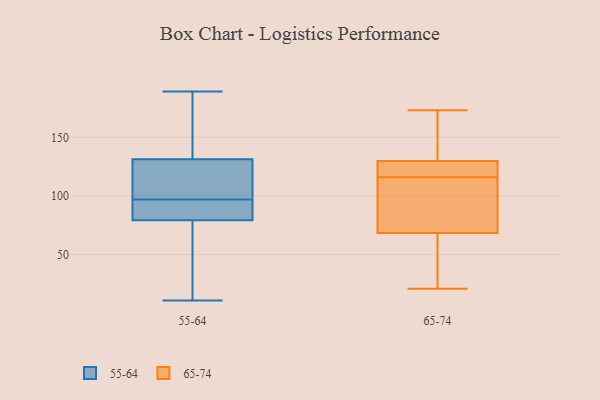
{"axis": {"x": "Net Income (USD K)", "y": "Value"}, "legend": ["55-64", "65-74"], "data": [{"x": "", "y": 189, "type": "55-64"}, {"x": "", "y": 90, "type": "55-64"}, {"x": "", "y": 140, "type": "55-64"}, {"x": "", "y": 136, "type": "55-64"}, {"x": "", "y": 115, "type": "55-64"}, {"x": "", "y": 11, "type": "55-64"}, {"x": "", "y": 162, "type": "55-64"}, {"x": "", "y": 57, "type": "55-64"}, {"x": "", "y": 117, "type": "55-64"}, {"x": "", "y": 142, "type": "55-64"}, {"x": "", "y": 92, "type": "55-64"}, {"x": "", "y": 44, "type": "55-64"}, {"x": "", "y": 50, "type": "55-64"}, {"x": "", "y": 79, "type": "55-64"}, {"x": "", "y": 80, "type": "55-64"}, {"x": "", "y": 95, "type": "55-64"}, {"x": "", "y": 105, "type": "55-64"}, {"x": "", "y": 115, "type": "55-64"}, {"x": "", "y": 97, "type": "55-64"}, {"x": "", "y": 80, "type": "65-74"}, {"x": "", "y": 157, "type": "65-74"}, {"x": "", "y": 142, "type": "65-74"}, {"x": "", "y": 127, "type": "65-74"}, {"x": "", "y": 64, "type": "65-74"}, {"x": "", "y": 122, "type": "65-74"}, {"x": "", "y": 31, "type": "65-74"}, {"x": "", "y": 116, "type": "65-74"}, {"x": "", "y": 21, "type": "65-74"}, {"x": "", "y": 45, "type": "65-74"}, {"x": "", "y": 103, "type": "65-74"}, {"x": "", "y": 138, "type": "65-74"}, {"x": "", "y": 122, "type": "65-74"}, {"x": "", "y": 173, "type": "65-74"}, {"x": "", "y": 70, "type": "65-74"}, {"x": "", "y": 116, "type": "65-74"}, {"x": "", "y": 77, "type": "65-74"}]}